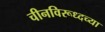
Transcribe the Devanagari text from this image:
चीनविरूध्दच्या